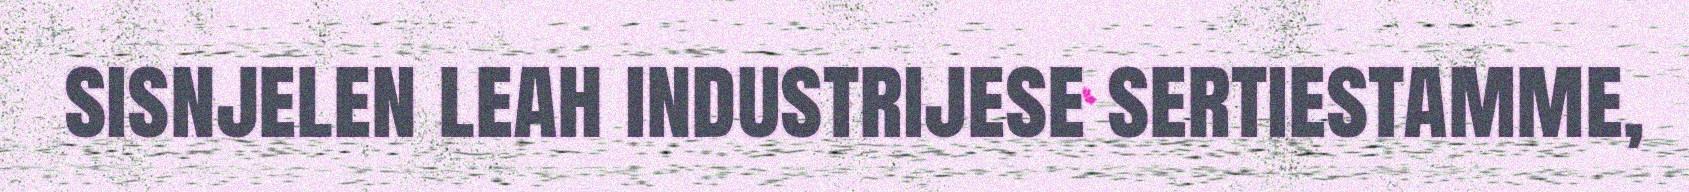
sisnjelen leah industrijese sertiestamme,